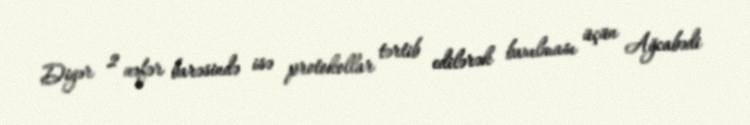
Digər 2 nəfər barəsində isə protokollar tərtib edilərək baxılması üçün Ağcabədi